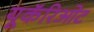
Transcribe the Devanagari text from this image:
यूकॅरिओट